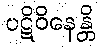
ပဋိဝိနေန္တိ